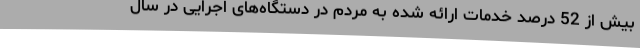
بیش از 52 درصد خدمات ارائه شده به مردم در دستگاه‌های اجرایی در سال